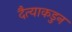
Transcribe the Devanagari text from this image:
दैत्याकडुन